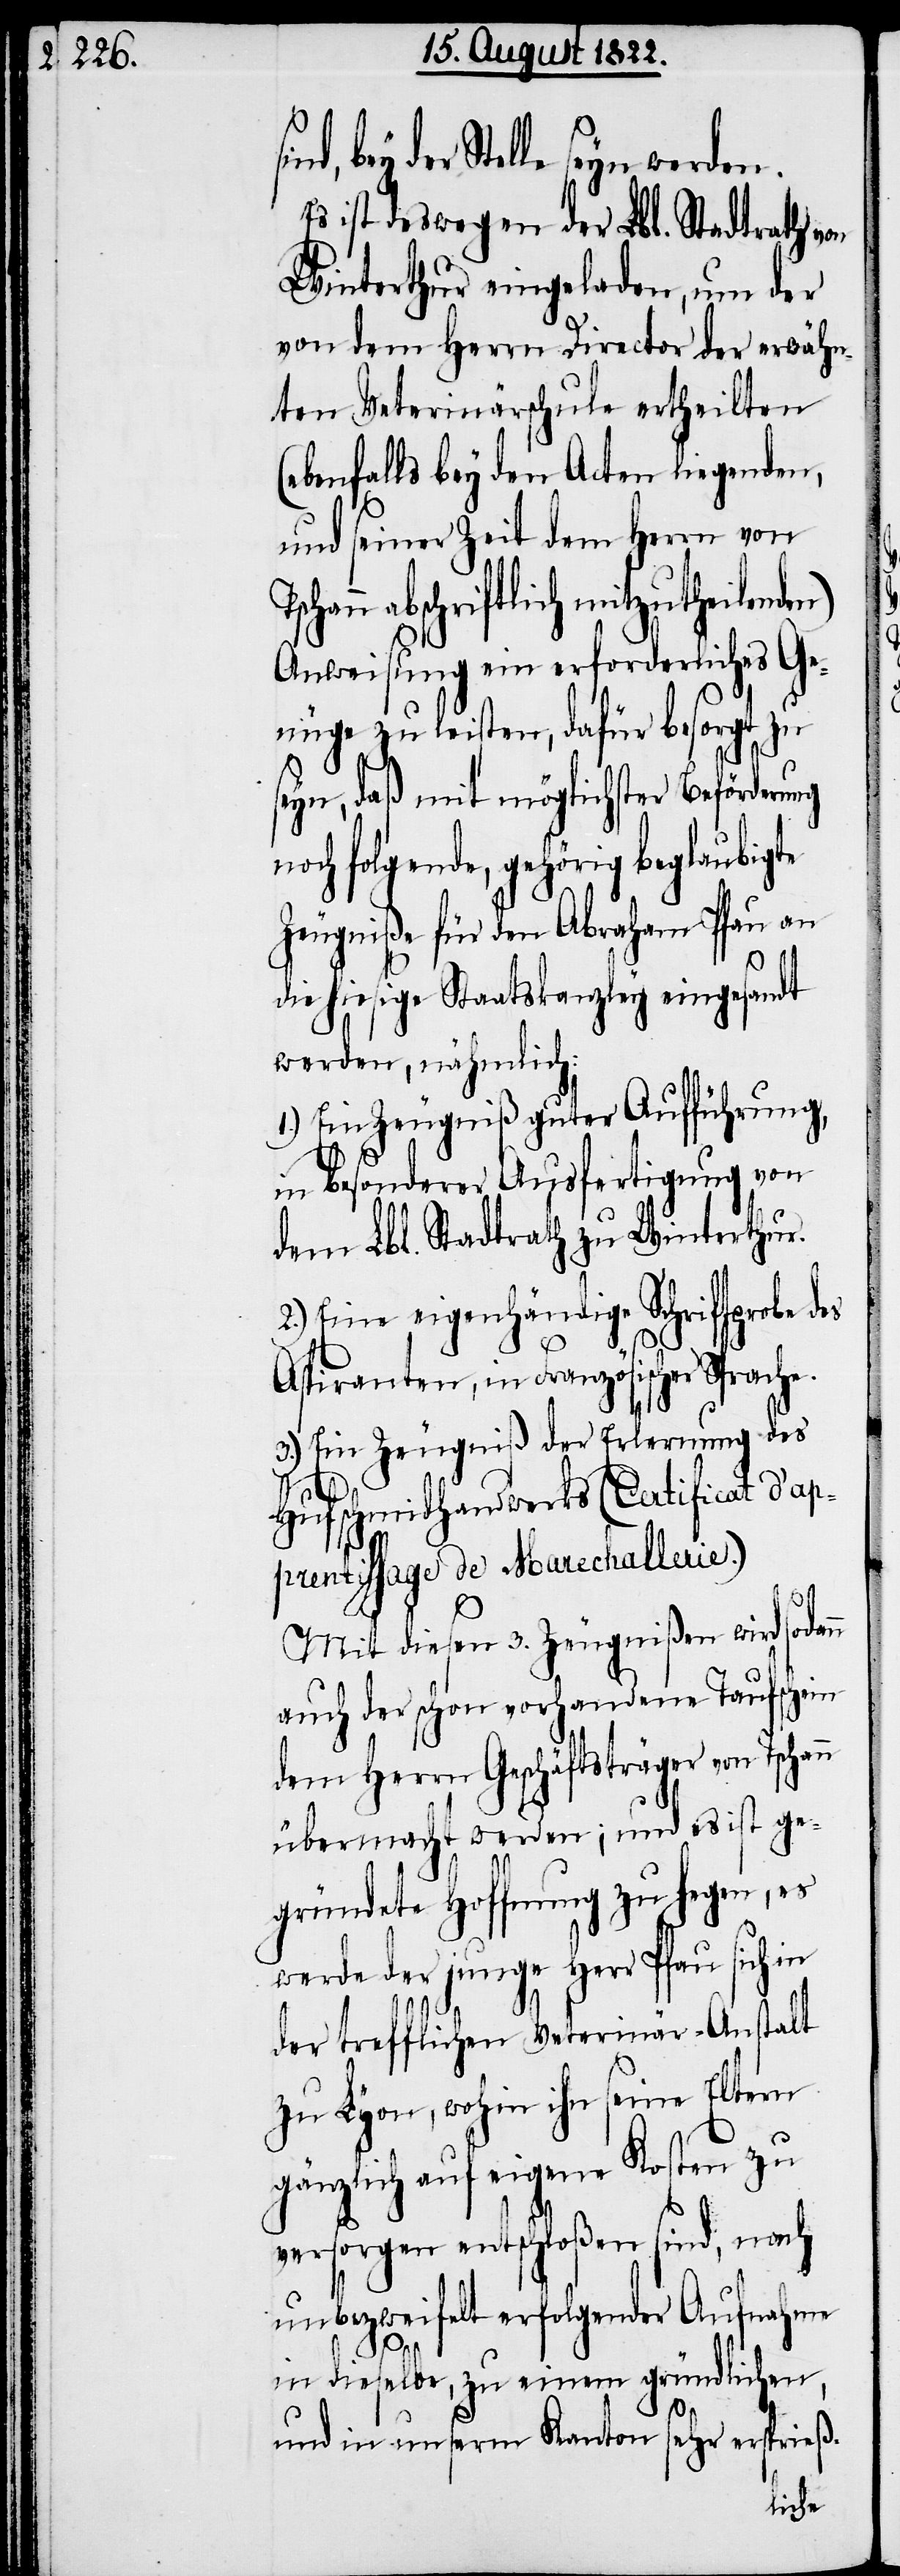
der Stelle seyn werden.
Es ist deswegen der Lbl. Stadtrath von
Winterthur eingeladen, um der
von dem Herrn Director der erwähn¬
ten Veterinärschule ertheilten
(ebenfalls bey den Acten liegenden,
und seiner Zeit dem Herrn von
abschriftlich mitzutheilenden)
Anweisung ein erforderliches Ge¬
nüge zu leisten, dafür besorgt zu
seyn, daß mit möglichster Beförderu¬
och folgende, gehörig beglaubigte
Zeugniße, für den Abraham Pfau an
die hiesige Staatskanzley eingesandt
werden, nähmlich:
1.) Ein Zeugniß guter Aufführung,
in besonderer Ausfertigung von
dem Lbl. Stadtrath zu Winterthur.
2.) Eine eigenhändige Schriftprobe des
Aspiranten, in Französischer Sprache.
3.) Ein Zeugniß der Erlernung des
Hufschmidhandwerks (Certificat d’
apprentissage de Marechallerie.)
ng n¬
Mit diesen 3. Zeugnißen wird sodann
auch der schon vorhandene Taufschein
übermacht werden; und es ist ge¬
gründete Hoffnung zu hegen, es
werde der junge Herr Pfau sich in
der trefflichen Veterinär-Anstalt
zu Lyon, wohin ihn seine Eltern
gänzlich auf eigene Kosten zu
versorgen entschloßen sind, nach
unbezweifelt erfolgender Aufnahme
in dieselbe, zu einem gründlichen,
und in unserm Kanton sehr ersprieß-